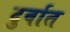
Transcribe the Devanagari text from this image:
दुर्वात